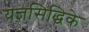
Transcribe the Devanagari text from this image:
यज्ञसिद्धिके